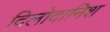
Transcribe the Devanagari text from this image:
दिलोदानिश